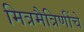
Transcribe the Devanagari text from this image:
मित्रमैत्रिणींचे